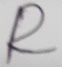
Text: R